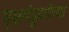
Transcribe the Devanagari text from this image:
वृक्षमंडूकांच्या